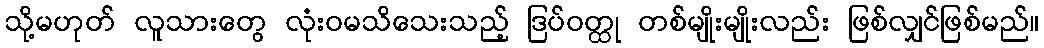
သို့မဟုတ် လူသားတွေ လုံးဝမသိသေးသည့် ဒြပ်ဝတ္ထု တစ်မျိုးမျိုးလည်း ဖြစ်လျှင်ဖြစ်မည်။